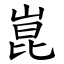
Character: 崑